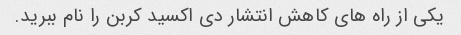
یکی از راه های کاهش انتشار دی اکسید کربن را نام ببرید.